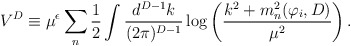
\begin{align*}V^{D} \equiv \mu^{\epsilon}\sum_n{1\over 2}\int {d^{D-1} k\over (2\pi)^{D-1}}\log\left({k^2 + m_n^2(\varphi_i,D) \over\mu^2}\right).\end{align*}